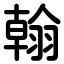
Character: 翰